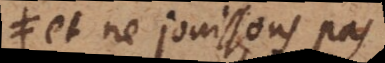
et ne jouissons pas